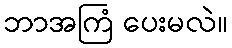
ဘာအကြံ ပေးမလဲ။